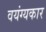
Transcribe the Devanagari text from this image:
वयंग्यकार